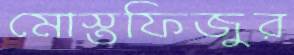
মোস্তফিজুর